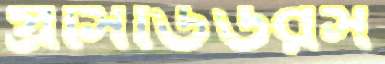
প্রসিডিউরস